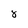
Character: 8